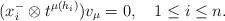
LaTeX: \begin{align*}(x_i^-\otimes t^{\mu(h_i)})v_\mu=0, \ \ \ 1\le i\le n.\end{align*}